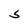
Character: S